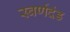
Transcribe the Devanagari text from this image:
स्वर्णदंड